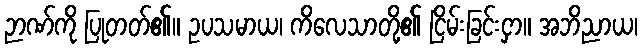
ဉာဏ်ကို ပြုတတ်၏။ ဥပသမာယ၊ ကိလေသာတို့၏ ငြိမ်းခြင်းငှာ။ အဘိညာယ၊